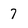
Character: 7